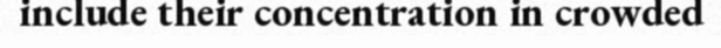
include their concentration in crowded